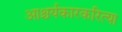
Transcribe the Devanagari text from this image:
आश्चर्यकारकरित्या